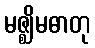
မဇ္ဈိမဓာတု